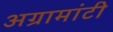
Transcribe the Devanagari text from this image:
अग्रामांटी